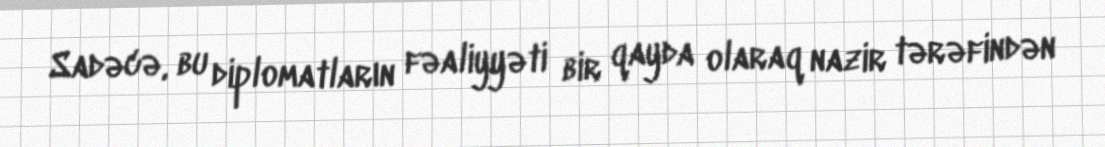
Sadəcə, bu diplomatların fəaliyyəti bir qayda olaraq nazir tərəfindən